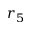
r _ { 5 }